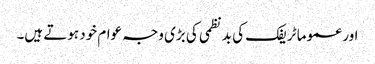
اور عموما ٹریفک کی بد نظمی کی بڑی وجہ عوام خود ہوتے ہیں۔